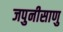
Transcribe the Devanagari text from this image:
जपुनीसाणु